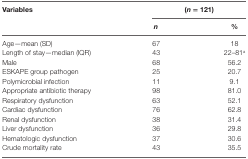
<table><thead><tr><td rowspan="2"><b>Variables</b></td><td colspan="2"><b>(<i>n</i> = 121)</b></td></tr><tr><td><b><i>n</i></b></td><td><b>%</b></td></tr></thead><tbody><tr><td>Age—mean (SD)</td><td>67</td><td>18</td></tr><tr><td>Length of stay—median (IQR)</td><td>43</td><td>22–81<sup>a</sup></td></tr><tr><td>Male</td><td>68</td><td>56.2</td></tr><tr><td>ESKAPE group pathogen</td><td>25</td><td>20.7</td></tr><tr><td>Polymicrobial infection</td><td>11</td><td>9.1</td></tr><tr><td>Appropriate antibiotic therapy</td><td>98</td><td>81.0</td></tr><tr><td>Respiratory dysfunction</td><td>63</td><td>52.1</td></tr><tr><td>Cardiac dysfunction</td><td>76</td><td>62.8</td></tr><tr><td>Renal dysfunction</td><td>38</td><td>31.4</td></tr><tr><td>Liver dysfunction</td><td>36</td><td>29.8</td></tr><tr><td>Hematologic dysfunction</td><td>37</td><td>30.6</td></tr><tr><td>Crude mortality rate</td><td>43</td><td>35.5</td></tr></tbody></table>